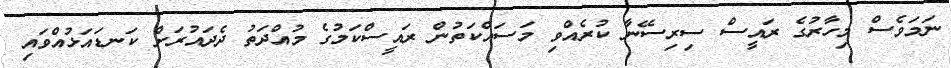
ނަމަވެސް މިހާރުގެ ރައީސް ސިރިސޭނާ ކުރެއްވި މަސައްކަތުން ރައީސްކަމުގެ މުއްދަތު ދެދައުރަށް ކަނޑައަޅުއްވައި